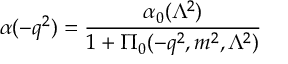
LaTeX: \alpha ( - q ^ { 2 } ) = { \frac { \alpha _ { 0 } ( \Lambda ^ { 2 } ) } { 1 + \Pi _ { 0 } ( - q ^ { 2 } , m ^ { 2 } , \Lambda ^ { 2 } ) } }